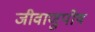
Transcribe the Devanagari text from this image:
जीवाणुपोष